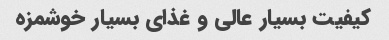
کیفیت بسیار عالی و غذای بسیار خوشمزه